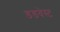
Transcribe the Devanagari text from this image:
डडवेस्ट